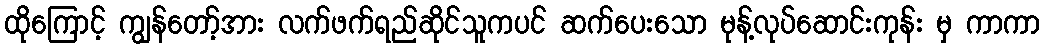
ထိုကြောင့် ကျွန်တော့်အား လက်ဖက်ရည်ဆိုင်သူကပင် ဆက်ပေးသော မုန့်လုပ်ဆောင်းကုန်း မှ ကာကာ